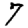
Digit: 7